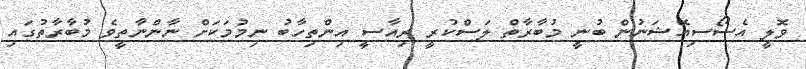
ވޮލީ އެސޯސިއޭޝަނުން ބުނީ މުބާރާތް ލަސްކުރީ ރިއާސީ އިންތިހާބު ނިމުމަކަށް ނާންނާތީވެ މުބާރާތުގައި